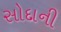
સોદાની